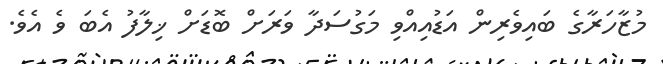
މުޒާހަރާގެ ބައިވެރިން އަޑުއިއްވި މަގުސަދާ ވަރަށް ބޮޑަށް ޚިލާފު އެބަ ވެ އެވެ.